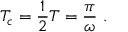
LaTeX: T _ { c } = \frac { 1 } { 2 } T = \frac { \pi } { \omega } \ .